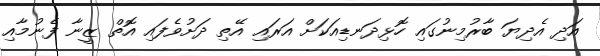
އަދި އެދިޔަ ބާރުމިނުގައި ހޮޅިދަނޑިއަކަށް އަރައި އޭތި ދަށުވެފައި އޮތް ޒީނާ ފެނުމާއި